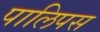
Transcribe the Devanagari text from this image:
पालिपस